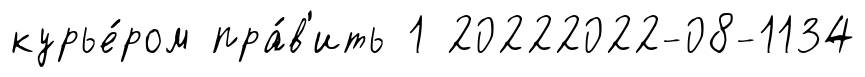
курье́ром пра́в'ить 1 20222022-08-1134